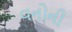
વનોની